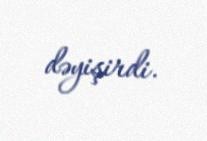
dəyişirdi.